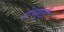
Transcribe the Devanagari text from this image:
ग्रेच्यूटी